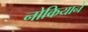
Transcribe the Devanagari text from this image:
नोकियाने